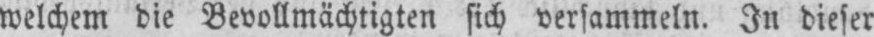
welchem die Bevollmächtigten sich versammeln. In dieser